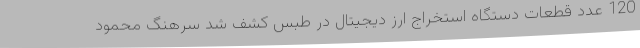
120 عدد قطعات دستگاه استخراج ارز دیجیتال در طبس کشف شد سرهنگ محمود